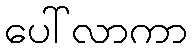
ပေါ်လာကာ